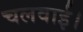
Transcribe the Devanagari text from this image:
चलवाईं।